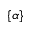
\{ \alpha \}